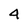
Character: 4